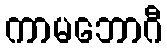
ကာမဘောဂီ